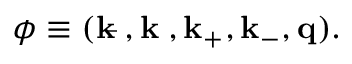
\phi \equiv ( \bf k _ { \bar { \tau } } , k _ { \tau } , k _ { + } , k _ { - } , q ) .